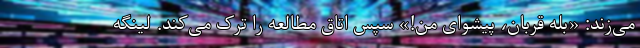
می‌زند: «بله قربان، پیشوای من!» سپس اتاق مطالعه را ترک می‌کند. لینگه